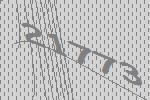
21773